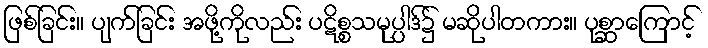
ဖြစ်ခြင်း။ ပျက်ခြင်း အဖို့ကိုလည်း ပဋိစ္စသမုပ္ပါဒ်၌ မဆိုပါတကား။ ပုစ္ဆာကြောင့်